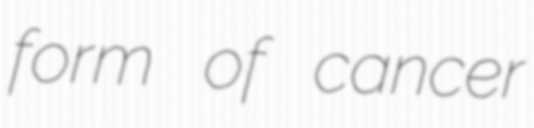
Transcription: form of cancer